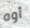
أوه